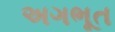
અગભૂત